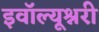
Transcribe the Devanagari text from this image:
इवॉल्यूश्नरी